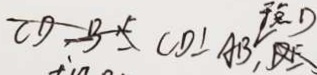
C D \bot A B